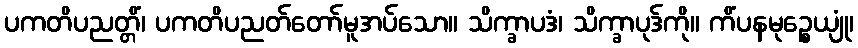
ပကတိပညတ္တိံ၊ ပကတိပညတ်တော်မူအပ်သော။ သိက္ခာပဒံ၊ သိက္ခာပုဒ်ကို။ ကိံပနမုဉ္စေယျုံ၊